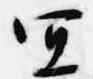
宜